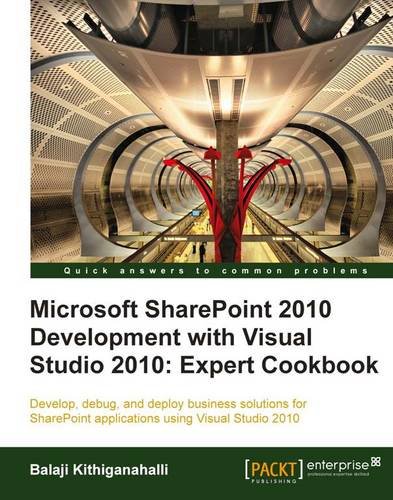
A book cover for Microsoft SharePoint 2010 Development with Visual Studio 2010 Expert Cookbook; Balaji Kithiganahalli; Computers & Technology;